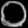
Digit: ၀